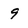
Character: 9